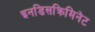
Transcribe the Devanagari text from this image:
इनडिसक्रिमिनेट